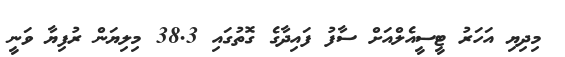
މިދިޔި އަހަރު ޓީސީއެލްއަށް ސާފު ފައިދާގެ ގޮތުގައި 38.3 މިލިޔަން ރުފިޔާ ވަނީ